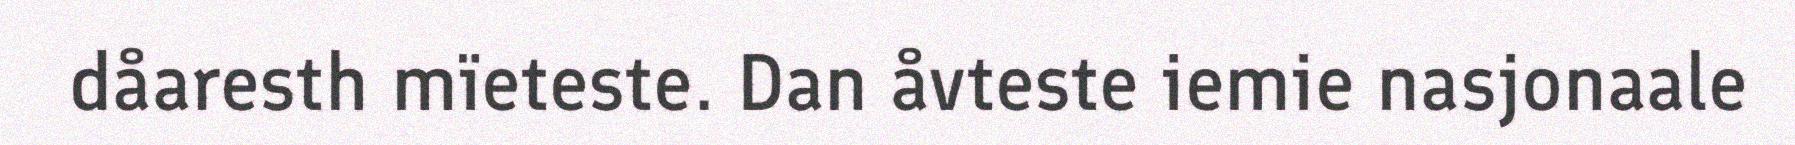
dåaresth mïeteste. Dan åvteste iemie nasjonaale